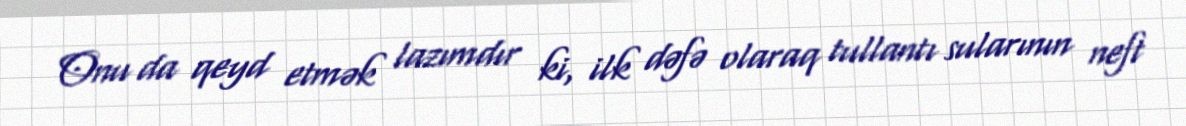
Onu da qeyd etmək lazımdır ki, ilk dəfə olaraq tullantı sularının neft